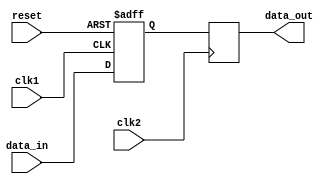
module sync_block (
    input wire clk1,
    input wire clk2,
    input wire reset,
    input wire data_in,
    output reg data_out
);

reg sync_reg;

always @(posedge clk1 or posedge reset) begin
    if (reset) begin
        sync_reg <= 1'b0;
    end else begin
        sync_reg <= data_in;
    end
end

always @(posedge clk2) begin
    data_out <= sync_reg;
end

endmodule